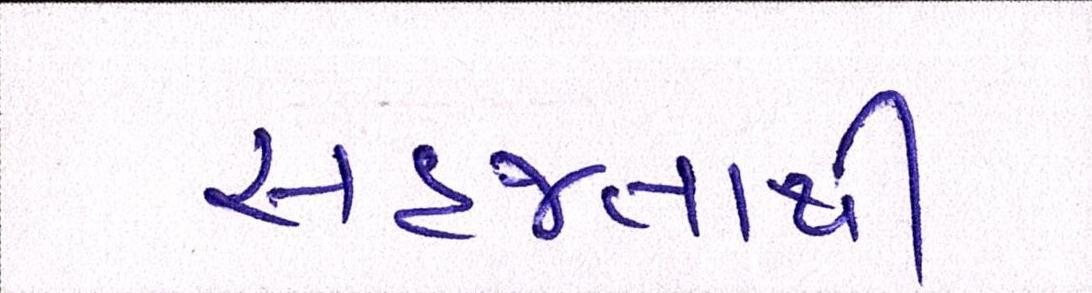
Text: સહજતાથી